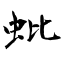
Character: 蚍